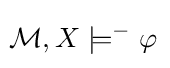
\!{\mathcal {M}},X\models ^{-}\varphi